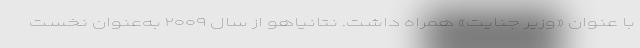
با عنوان «وزیر جنایت» همراه داشت. نتانیاهو از سال ۲۰۰۹ به‌عنوان نخست